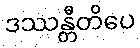
ဒဿန္တီတိပေ